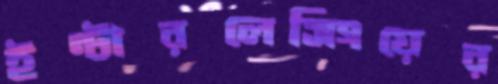
ইন্টারলেসিংয়ের